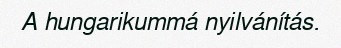
A hungarikummá nyilvánítás.